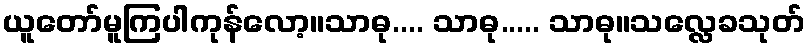
ယူတော်မူကြပါကုန်လော့။သာဓု.... သာဓု..... သာဓု။သလ္လေခသုတ်